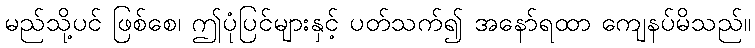
မည်သို့ပင် ဖြစ်စေ၊ ဤပုံပြင်များနှင့် ပတ်သက်၍ အနော်ရထာ ကျေနပ်မိသည်။